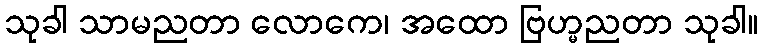
သုခါ သာမညတာ လောကေ၊ အထော ဗြဟ္မညတာ သုခါ။